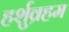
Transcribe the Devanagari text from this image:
हर्शुव्रहम